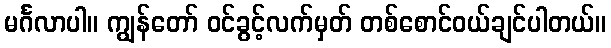
မင်္ဂလာပါ။ ကျွန်တော် ဝင်ခွင့်လက်မှတ် တစ်စောင်ဝယ်ချင်ပါတယ်။